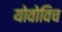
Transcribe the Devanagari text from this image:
योवोविच